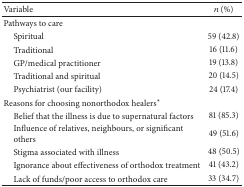
| Variable | n (%) |
 | --- | --- |
 | Pathways to care |  |
 | Spiritual | 59 (42.8) |
 | Traditional | 16 (11.6) |
 | GP/medical practitioner | 19 (13.8) |
 | Traditional and spiritual | 20 (14.5) |
 | Psychiatrist (our facility) | 24 (17.4) |
 | Reasons for choosing nonorthodox healers* |  |
 | Belief that the illness is due to supernatural factors | 81 (85.3) |
 | Influence of relatives, neighbours, or significantothers | 49 (51.6) |
 | Stigma associated with illness | 48 (50.5) |
 | Ignorance about effectiveness of orthodox treatment | 41 (43.2) |
 | Lack of funds/poor access to orthodox care | 33 (34.7) |